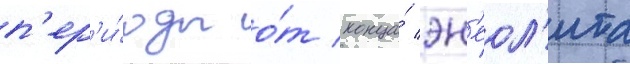
п'ер'и́оды о́т конца́ эн'еол'ита